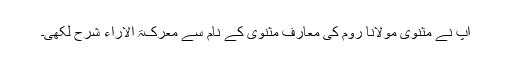
آپ نے مثنوی مولانا روم کی معارف مثنوی کے نام سے معرکۃ الآراء شرح لکھی۔